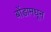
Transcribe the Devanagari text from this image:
बोंडामधून